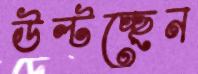
উল্‌টচ্ছেন